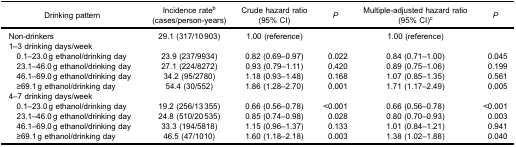
<table><thead><tr><td><b>Drinking pattern</b></td><td><b>Incidence rate<sup>b</sup>(cases/person-years)</b></td><td><b>Crude hazard ratio(95% CI)</b></td><td><b><i>P</i></b></td><td><b>Multiple-adjusted hazard ratio(95% CI)<sup>c</sup></b></td><td><b><i>P</i></b></td></tr></thead><tbody><tr><td>Non-drinkers</td><td>29.1 (317/10 903)</td><td>1.00 (reference)</td><td> </td><td>1.00 (reference)</td><td> </td></tr><tr><td colspan="6">1–3 drinking days/week</td></tr><tr><td> 0.1–23.0 g ethanol/drinking day</td><td>23.9 (237/9934)</td><td>0.82 (0.69–0.97)</td><td>0.022</td><td>0.84 (0.71–1.00)</td><td>0.045</td></tr><tr><td> 23.1–46.0 g ethanol/drinking day</td><td>27.1 (224/8272)</td><td>0.93 (0.79–1.11)</td><td>0.420</td><td>0.89 (0.75–1.06)</td><td>0.199</td></tr><tr><td> 46.1–69.0 g ethanol/drinking day</td><td>34.2 (95/2780)</td><td>1.18 (0.93–1.48)</td><td>0.168</td><td>1.07 (0.85–1.35)</td><td>0.561</td></tr><tr><td> ≥69.1 g ethanol/drinking day</td><td>54.4 (30/552)</td><td>1.86 (1.28–2.70)</td><td>0.001</td><td>1.71 (1.17–2.49)</td><td>0.005</td></tr><tr><td colspan="6">4–7 drinking days/week</td></tr><tr><td> 0.1–23.0 g ethanol/drinking day</td><td>19.2 (256/13 355)</td><td>0.66 (0.56–0.78)</td><td>&lt;0.001</td><td>0.66 (0.56–0.78)</td><td>&lt;0.001</td></tr><tr><td> 23.1–46.0 g ethanol/drinking day</td><td>24.8 (510/20 535)</td><td>0.85 (0.74–0.98)</td><td>0.028</td><td>0.80 (0.70–0.93)</td><td>0.003</td></tr><tr><td> 46.1–69.0 g ethanol/drinking day</td><td>33.3 (194/5818)</td><td>1.15 (0.96–1.37)</td><td>0.133</td><td>1.01 (0.84–1.21)</td><td>0.941</td></tr><tr><td> ≥69.1 g ethanol/drinking day</td><td>46.5 (47/1010)</td><td>1.60 (1.18–2.18)</td><td>0.003</td><td>1.38 (1.02–1.88)</td><td>0.040</td></tr></tbody></table>